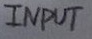
Text: INPUT